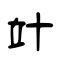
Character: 竍